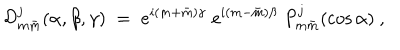
LaTeX: { \cal D } _ { m \bar { m } } ^ { j } ( \alpha , \beta , \gamma ) \; = \; e ^ { i ( m + \bar { m } ) \gamma } \; e ^ { i ( m - \bar { m } ) \beta } \; P _ { m \bar { m } } ^ { j } ( \cos \alpha ) \ ,